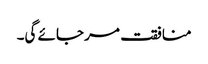
منافقت مر جائے گی۔